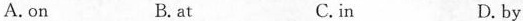
A. on B.at C.in D.by